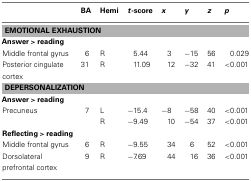
<table><thead><tr><td></td><td><b>BA</b></td><td><b>Hemi</b></td><td><b><i>t</i>-score</b></td><td><b><i>x</i></b></td><td><b><i>y</i></b></td><td><b><i>z</i></b></td><td><b><i>p</i></b></td></tr></thead><tbody><tr><td colspan="8"><b>EMOTIONAL EXHAUSTION</b></td></tr><tr><td><b>Answer <b><i>&gt;</i></b> reading</b></td></tr><tr><td>Middle frontal gyrus</td><td>6</td><td>R</td><td>5.44</td><td>3</td><td>−15</td><td>56</td><td>0.029</td></tr><tr><td>Posterior cingulate cortex</td><td>31</td><td>R</td><td>11.09</td><td>12</td><td>−32</td><td>41</td><td>&lt;0.001</td></tr><tr><td colspan="8"><b>DEPERSONALIZATION</b></td></tr><tr><td><b>Answer <b><i>&gt;</i></b> reading</b></td></tr><tr><td>Precuneus</td><td>7</td><td>L</td><td>−15.4</td><td>−8</td><td>−58</td><td>40</td><td>&lt;0.001</td></tr><tr><td></td><td></td><td>R</td><td>−9.49</td><td>10</td><td>−54</td><td>37</td><td>&lt;0.001</td></tr><tr><td><b>Reflecting <b><i>&gt;</i></b> reading</b></td></tr><tr><td>Middle frontal gyrus</td><td>6</td><td>R</td><td>−9.55</td><td>34</td><td>6</td><td>52</td><td>&lt;0.001</td></tr><tr><td>Dorsolateral prefrontal cortex</td><td>9</td><td>R</td><td>−7.69</td><td>44</td><td>16</td><td>36</td><td>&lt;0.001</td></tr></tbody></table>